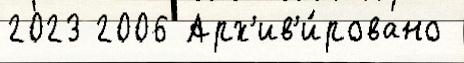
2023 2006 Арх'ив'и́ровано